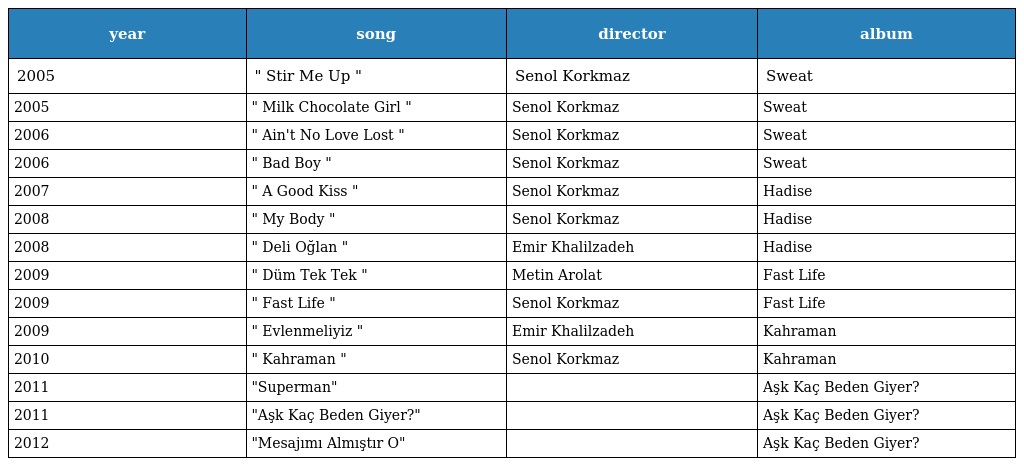
| year | song | director | album |
 | --- | --- | --- | --- |
 | 2005 | " Stir Me Up " | Senol Korkmaz | Sweat |
 | 2005 | " Milk Chocolate Girl " | Senol Korkmaz | Sweat |
 | 2006 | " Ain't No Love Lost " | Senol Korkmaz | Sweat |
 | 2006 | " Bad Boy " | Senol Korkmaz | Sweat |
 | 2007 | " A Good Kiss " | Senol Korkmaz | Hadise |
 | 2008 | " My Body " | Senol Korkmaz | Hadise |
 | 2008 | " Deli Oğlan " | Emir Khalilzadeh | Hadise |
 | 2009 | " Düm Tek Tek " | Metin Arolat | Fast Life |
 | 2009 | " Fast Life " | Senol Korkmaz | Fast Life |
 | 2009 | " Evlenmeliyiz " | Emir Khalilzadeh | Kahraman |
 | 2010 | " Kahraman " | Senol Korkmaz | Kahraman |
 | 2011 | "Superman" |  | Aşk Kaç Beden Giyer? |
 | 2011 | "Aşk Kaç Beden Giyer?" |  | Aşk Kaç Beden Giyer? |
 | 2012 | "Mesajımı Almıştır O" |  | Aşk Kaç Beden Giyer? |